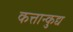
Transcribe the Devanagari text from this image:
कत्तान्कुद्य